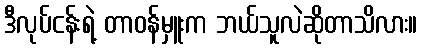
ဒီလုပ်ငန်းရဲ့ တာဝန်မှူးက ဘယ်သူလဲဆိုတာသိလား။